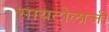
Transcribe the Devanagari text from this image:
सायटोलाजी